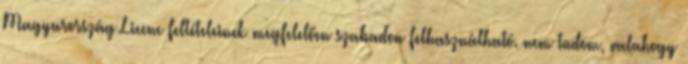
Magyarország Licenc feltételeinek megfelelően szabadon felhasználható. nem tudom, valahogy